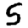
Digit: 5